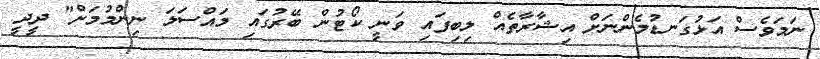
ނަމަވެސް އަޅުގަނޑުމެންނަށް އިޝާރާތެއް ލިބިފައި ވަނީ ކޯޓުން ބޭރުގައި މައްސަލަ ނިންމުމަށް" ދީދީ